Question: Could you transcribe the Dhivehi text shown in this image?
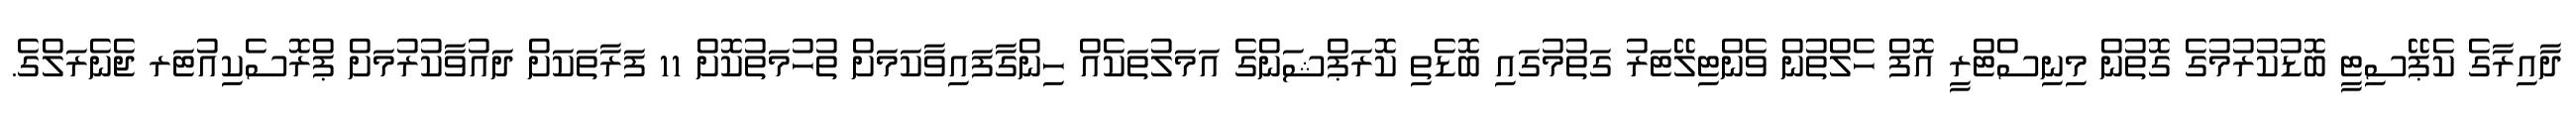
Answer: ދާއިރާގެ ކެޕޭސިޓީ ބޮޑުކުރުމުގެ ގޮތުން މިނިސްޓްރީ އޮފް ހެލްތުން ވެންޓިލޭޓަރު ގަތުމުގައި ބޮޑެތި ކޮރަޕްޝަންގެ އަމަލުތަކެއް ހިންގާފައިވާކަމަށް ތުހުމަތުކޮށް 11 ފަރާތަކަށް ދައުވާކުރުމަށް ޕްރޮސެކިއުޓަރ ޖެނެރަލްގެ.